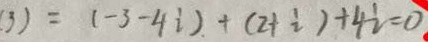
( 3 ) = ( - 3 - 4 i ) + ( 2 + i ) + 4 i = 0